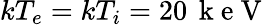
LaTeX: kT_{e}=kT_{i}=20\, \mathrm{~k~e~V~}